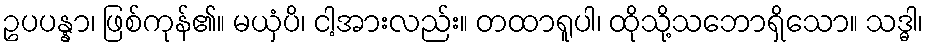
ဥပပန္နာ၊ ဖြစ်ကုန်၏။ မယှံပိ၊ ငါ့အားလည်း။ တထာရူပါ၊ ထိုသို့သဘောရှိသော။ သဒ္ဓါ၊